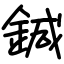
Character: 鍼